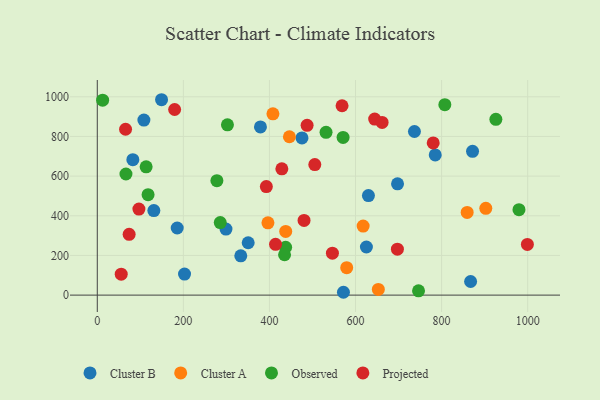
{"axis": {"x": "Price", "y": "Demand"}, "legend": ["Cluster A", "Cluster B", "Observed", "Projected"], "data": [{"x": "736.9", "y": 825.0, "type": "Cluster B"}, {"x": "299.0", "y": 332.8, "type": "Cluster B"}, {"x": "475.6", "y": 792.7, "type": "Cluster B"}, {"x": "785.2", "y": 707.0, "type": "Cluster B"}, {"x": "571.9", "y": 14.3, "type": "Cluster B"}, {"x": "867.4", "y": 68.7, "type": "Cluster B"}, {"x": "379.1", "y": 848.2, "type": "Cluster B"}, {"x": "333.4", "y": 198.3, "type": "Cluster B"}, {"x": "149.3", "y": 985.1, "type": "Cluster B"}, {"x": "697.6", "y": 561.2, "type": "Cluster B"}, {"x": "82.6", "y": 682.9, "type": "Cluster B"}, {"x": "625.3", "y": 242.6, "type": "Cluster B"}, {"x": "185.7", "y": 338.3, "type": "Cluster B"}, {"x": "350.6", "y": 263.9, "type": "Cluster B"}, {"x": "871.9", "y": 724.7, "type": "Cluster B"}, {"x": "202.7", "y": 106.0, "type": "Cluster B"}, {"x": "108.3", "y": 882.5, "type": "Cluster B"}, {"x": "131.4", "y": 426.0, "type": "Cluster B"}, {"x": "630.0", "y": 502.0, "type": "Cluster B"}, {"x": "446.4", "y": 798.4, "type": "Cluster A"}, {"x": "859.4", "y": 416.7, "type": "Cluster A"}, {"x": "617.7", "y": 348.3, "type": "Cluster A"}, {"x": "902.7", "y": 437.5, "type": "Cluster A"}, {"x": "579.5", "y": 138.4, "type": "Cluster A"}, {"x": "408.1", "y": 914.1, "type": "Cluster A"}, {"x": "653.0", "y": 28.8, "type": "Cluster A"}, {"x": "437.8", "y": 321.1, "type": "Cluster A"}, {"x": "396.5", "y": 364.6, "type": "Cluster A"}, {"x": "113.5", "y": 646.7, "type": "Observed"}, {"x": "66.6", "y": 610.6, "type": "Observed"}, {"x": "571.1", "y": 794.9, "type": "Observed"}, {"x": "979.8", "y": 430.6, "type": "Observed"}, {"x": "807.5", "y": 960.1, "type": "Observed"}, {"x": "926.1", "y": 886.4, "type": "Observed"}, {"x": "302.4", "y": 858.5, "type": "Observed"}, {"x": "746.4", "y": 21.6, "type": "Observed"}, {"x": "277.9", "y": 577.1, "type": "Observed"}, {"x": "437.6", "y": 241.4, "type": "Observed"}, {"x": "12.4", "y": 982.8, "type": "Observed"}, {"x": "118.0", "y": 506.5, "type": "Observed"}, {"x": "531.5", "y": 820.7, "type": "Observed"}, {"x": "435.1", "y": 203.5, "type": "Observed"}, {"x": "285.7", "y": 365.6, "type": "Observed"}, {"x": "568.7", "y": 954.7, "type": "Projected"}, {"x": "55.6", "y": 105.8, "type": "Projected"}, {"x": "487.5", "y": 855.8, "type": "Projected"}, {"x": "392.8", "y": 547.1, "type": "Projected"}, {"x": "697.3", "y": 231.6, "type": "Projected"}, {"x": "644.5", "y": 887.5, "type": "Projected"}, {"x": "74.0", "y": 306.4, "type": "Projected"}, {"x": "780.5", "y": 767.2, "type": "Projected"}, {"x": "505.4", "y": 658.3, "type": "Projected"}, {"x": "65.7", "y": 836.3, "type": "Projected"}, {"x": "414.2", "y": 256.1, "type": "Projected"}, {"x": "428.8", "y": 636.9, "type": "Projected"}, {"x": "999.3", "y": 255.4, "type": "Projected"}, {"x": "480.4", "y": 376.4, "type": "Projected"}, {"x": "546.3", "y": 211.2, "type": "Projected"}, {"x": "179.7", "y": 935.7, "type": "Projected"}, {"x": "96.7", "y": 433.8, "type": "Projected"}, {"x": "661.8", "y": 870.5, "type": "Projected"}]}